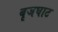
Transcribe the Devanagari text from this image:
बृजघाट